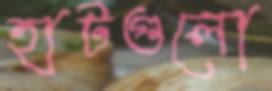
হাটগুলো